Punjab Mental Hospital Lahore 1922-31 - 1922-1931
Year: 1922
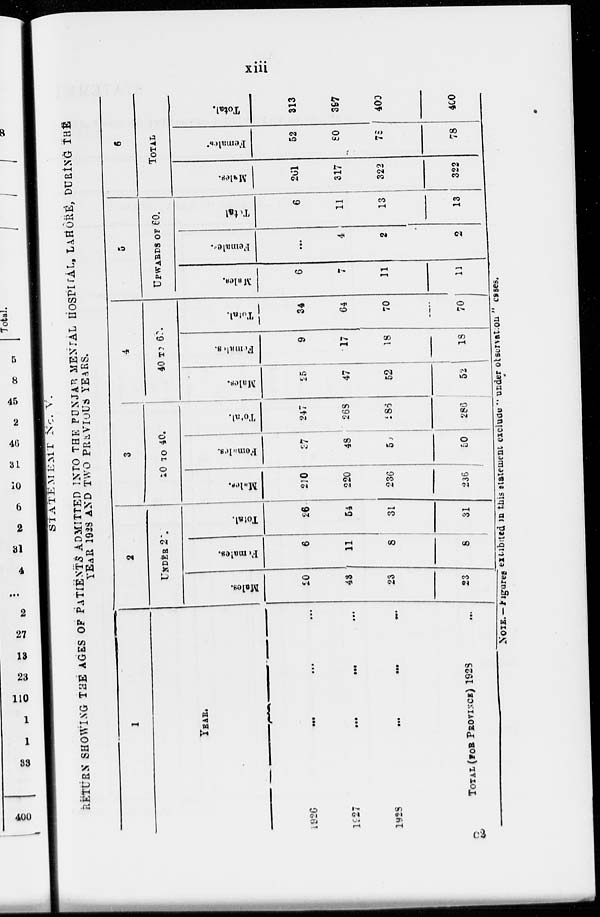
xiii
STATEMEMT No V.
RETURN SHOWING THE AGES OF PATIENTS ADMITTED INTO THE PUNJAB MENTAL HOSPITAL, LAHORE, DURING THE
YEAR 1928 AND TWO PREVIOUS YEARS.
1
YEARS.
1926
...
...
...
1927 ... ... ...
1928 ... ... ...
TOTAL (FOR PROVINCE)
1928
...
2
UNDER 2 .
Males.
20
43
23
23
Females.
6
11
8
8
Total.
26
54
31
31
3
20 TO 40.
Males.
210
220
236
236
Females.
37
48
50
50
Total.
247
268
286
286
4
40 TO 60
Males.
25
47
52
52
Females.
9
17
18
18
Total.
34
64
70
70
5
UPWARDS OF 60.
Males.
6
7
11
11
Females.
...
4
2
2
Total.
6
11
13
13
6
TOTAL
Males.
261
317
322
322
Females.
52
80
78
78
Total.
313
397
400
400
NOTE.—Figures exhibited in this statement exclude " under observation " cases.
C2